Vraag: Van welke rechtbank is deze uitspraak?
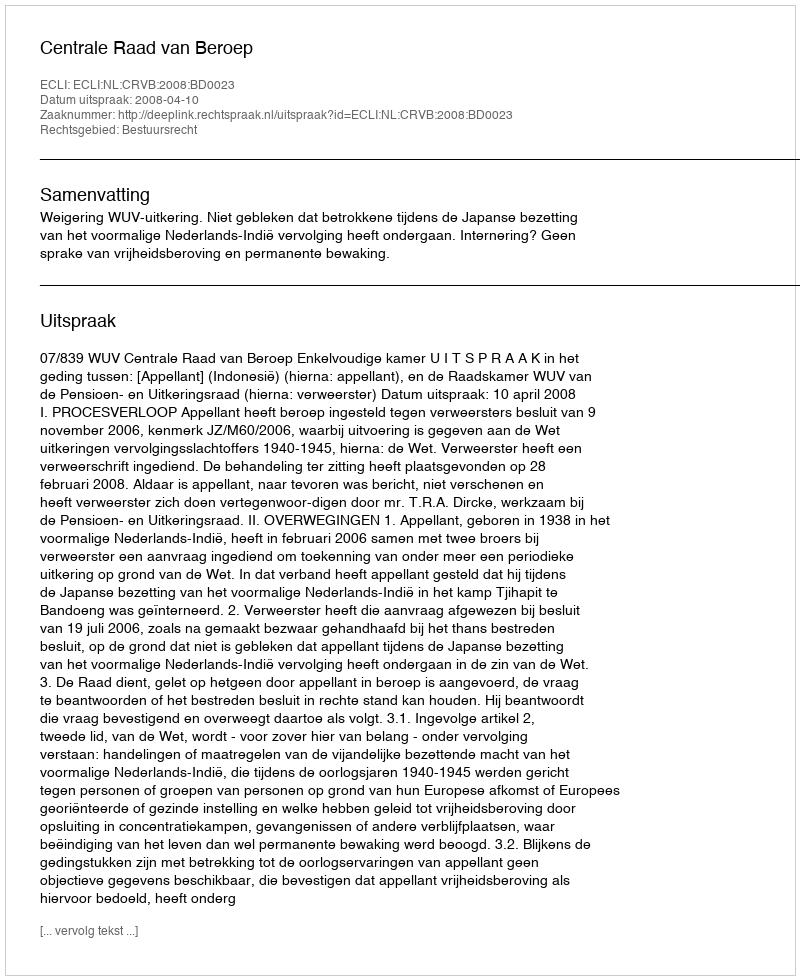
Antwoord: Centrale Raad van Beroep